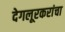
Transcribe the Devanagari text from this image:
देगलूरकरांचा